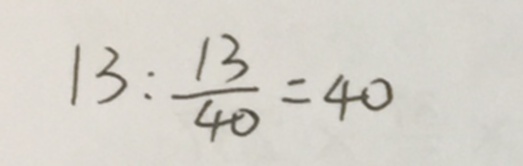
1 3 : \frac { 1 3 } { 4 0 } = 4 0